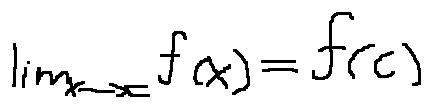
\lim \limits _ { x \rightarrow c } f ( x ) = f ( c )